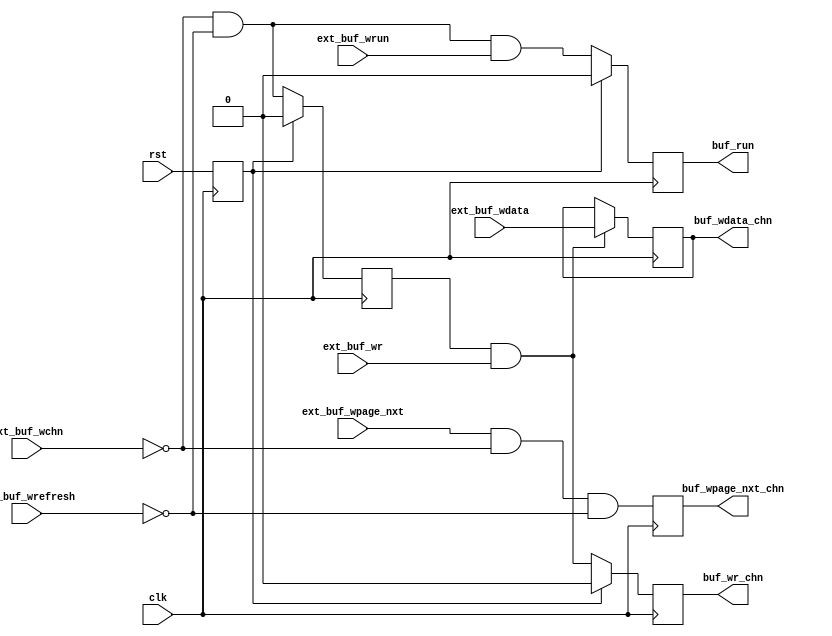
/*!
 * <b>Module:</b>mcont_to_chnbuf_reg
 * @file mcont_to_chnbuf_reg.v
 * @date 2015-01-19  
 * @author Andrey Filippov     
 *
 * @brief Registering data from memory controller to channel buffer
 *
 * @copyright Copyright (c) 2015 Elphel, Inc.
 *
 * <b>License:</b>
 *
 * mcont_to_chnbuf_reg.v is free software; you can redistribute it and/or modify
 * it under the terms of the GNU General Public License as published by
 * the Free Software Foundation, either version 3 of the License, or
 * (at your option) any later version.
 *
 *  mcont_to_chnbuf_reg.v is distributed in the hope that it will be useful,
 * but WITHOUT ANY WARRANTY; without even the implied warranty of
 * MERCHANTABILITY or FITNESS FOR A PARTICULAR PURPOSE.  See the
 * GNU General Public License for more details.
 *
 * You should have received a copy of the GNU General Public License
 * along with this program.  If not, see <http://www.gnu.org/licenses/> .
 *
 * Additional permission under GNU GPL version 3 section 7:
 * If you modify this Program, or any covered work, by linking or combining it
 * with independent modules provided by the FPGA vendor only (this permission
 * does not extend to any 3-rd party modules, "soft cores" or macros) under
 * different license terms solely for the purpose of generating binary "bitstream"
 * files and/or simulating the code, the copyright holders of this Program give
 * you the right to distribute the covered work without those independent modules
 * as long as the source code for them is available from the FPGA vendor free of
 * charge, and there is no dependence on any encrypted modules for simulating of
 * the combined code. This permission applies to you if the distributed code
 * contains all the components and scripts required to completely simulate it
 * with at least one of the Free Software programs.
 */
`timescale 1ns/1ps

module  mcont_to_chnbuf_reg #(
parameter CHN_NUMBER=0
)(
    input rst,
    input clk,
    input                       ext_buf_wr,
    input                       ext_buf_wpage_nxt,
    input                 [3:0] ext_buf_wchn,     // 
    input                       ext_buf_wrefresh,
    input                       ext_buf_wrun,
    input                [63:0] ext_buf_wdata,    // valid with ext_buf_wr
    output reg                  buf_wr_chn,       // @ negedge mclk
    output reg                  buf_wpage_nxt_chn,// @ negedge mclk
    output reg                  buf_run,          // @ negedge mclk
    output reg           [63:0] buf_wdata_chn     // @ negedge mclk
);
    reg buf_chn_sel;
    reg rst_nclk = 1;
    always @ (negedge clk) rst_nclk <= rst;
    always @ (negedge clk) begin
        if (rst_nclk) buf_chn_sel <= 0;
        else     buf_chn_sel <= (ext_buf_wchn==CHN_NUMBER) && !ext_buf_wrefresh;
        
        if (rst_nclk) buf_wr_chn <= 0;
        else     buf_wr_chn <= buf_chn_sel && ext_buf_wr;

        if (rst_nclk) buf_run <= 0;
        else     buf_run <= (ext_buf_wchn==CHN_NUMBER) && !ext_buf_wrefresh && ext_buf_wrun;
    end
    
    always @ (negedge clk)  begin
        buf_wpage_nxt_chn <= ext_buf_wpage_nxt && (ext_buf_wchn==CHN_NUMBER)  && !ext_buf_wrefresh;
    end
    
    always @ (negedge clk) if (buf_chn_sel && ext_buf_wr) begin
        buf_wdata_chn <= ext_buf_wdata;
    end
endmodule